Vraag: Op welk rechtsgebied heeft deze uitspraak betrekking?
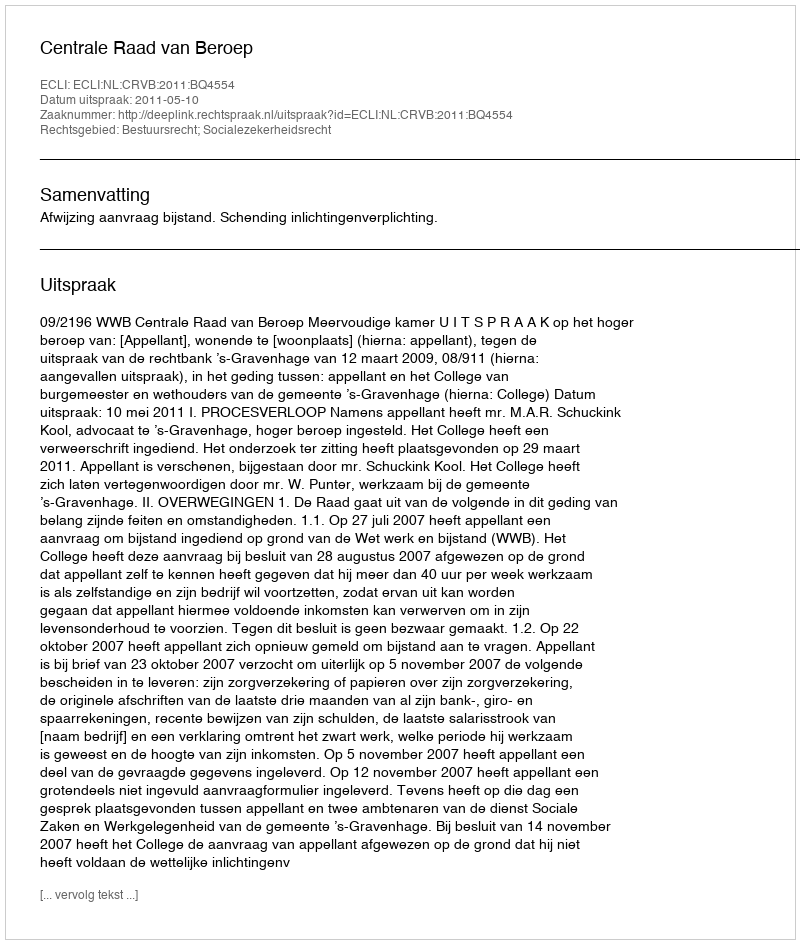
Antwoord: Bestuursrecht; Socialezekerheidsrecht